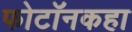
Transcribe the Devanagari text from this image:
फोटॉनकहा